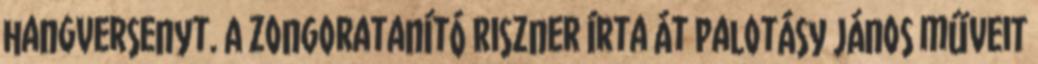
hangversenyt. A zongoratanító Riszner írta át Palotásy János műveit